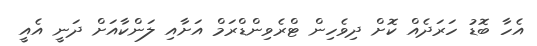
އެހާ ބޮޑު ހަރަދެއް ކޮށް ދިވެހިން ޓްރެވިންޑްރަމް އަށާއި ލަންކާއަށް ދަނީ އެއީ